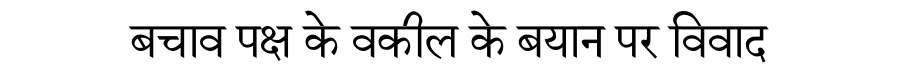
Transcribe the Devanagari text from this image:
बचाव पक्ष के वकील के बयान पर विवाद